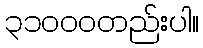
၃၁၀၀၀တည်းပါ။